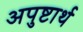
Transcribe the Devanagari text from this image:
अपुष्टार्थ